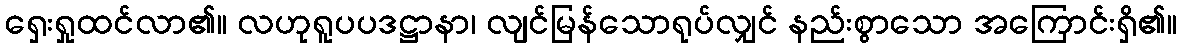
ရှေးရှုထင်လာ၏။ လဟုရူပပဒဋ္ဌာနာ၊ လျင်မြန်သောရုပ်လျှင် နည်းစွာသော အကြောင်းရှိ၏။